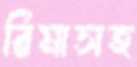
রিমাসহ